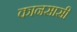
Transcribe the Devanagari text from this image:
कानसासी